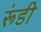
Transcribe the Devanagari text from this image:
रूंडी